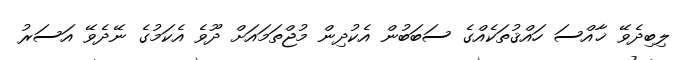
ލިބިދެވޭ ޚާއްސަ ހައްޤުތަކެއްގެ ސަބަބުން އެކުދިން މުޖްތަމައަށް ދޫވެ އެކަމުގެ ނޭދެވޭ އަސަރު